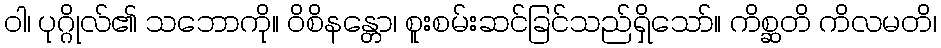
ဝါ၊ ပုဂ္ဂိုလ်၏ သဘောကို။ ဝိစိနန္တော၊ စူးစမ်းဆင်ခြင်သည်ရှိသော်။ ကိစ္ဆတိ ကိလမတိ၊